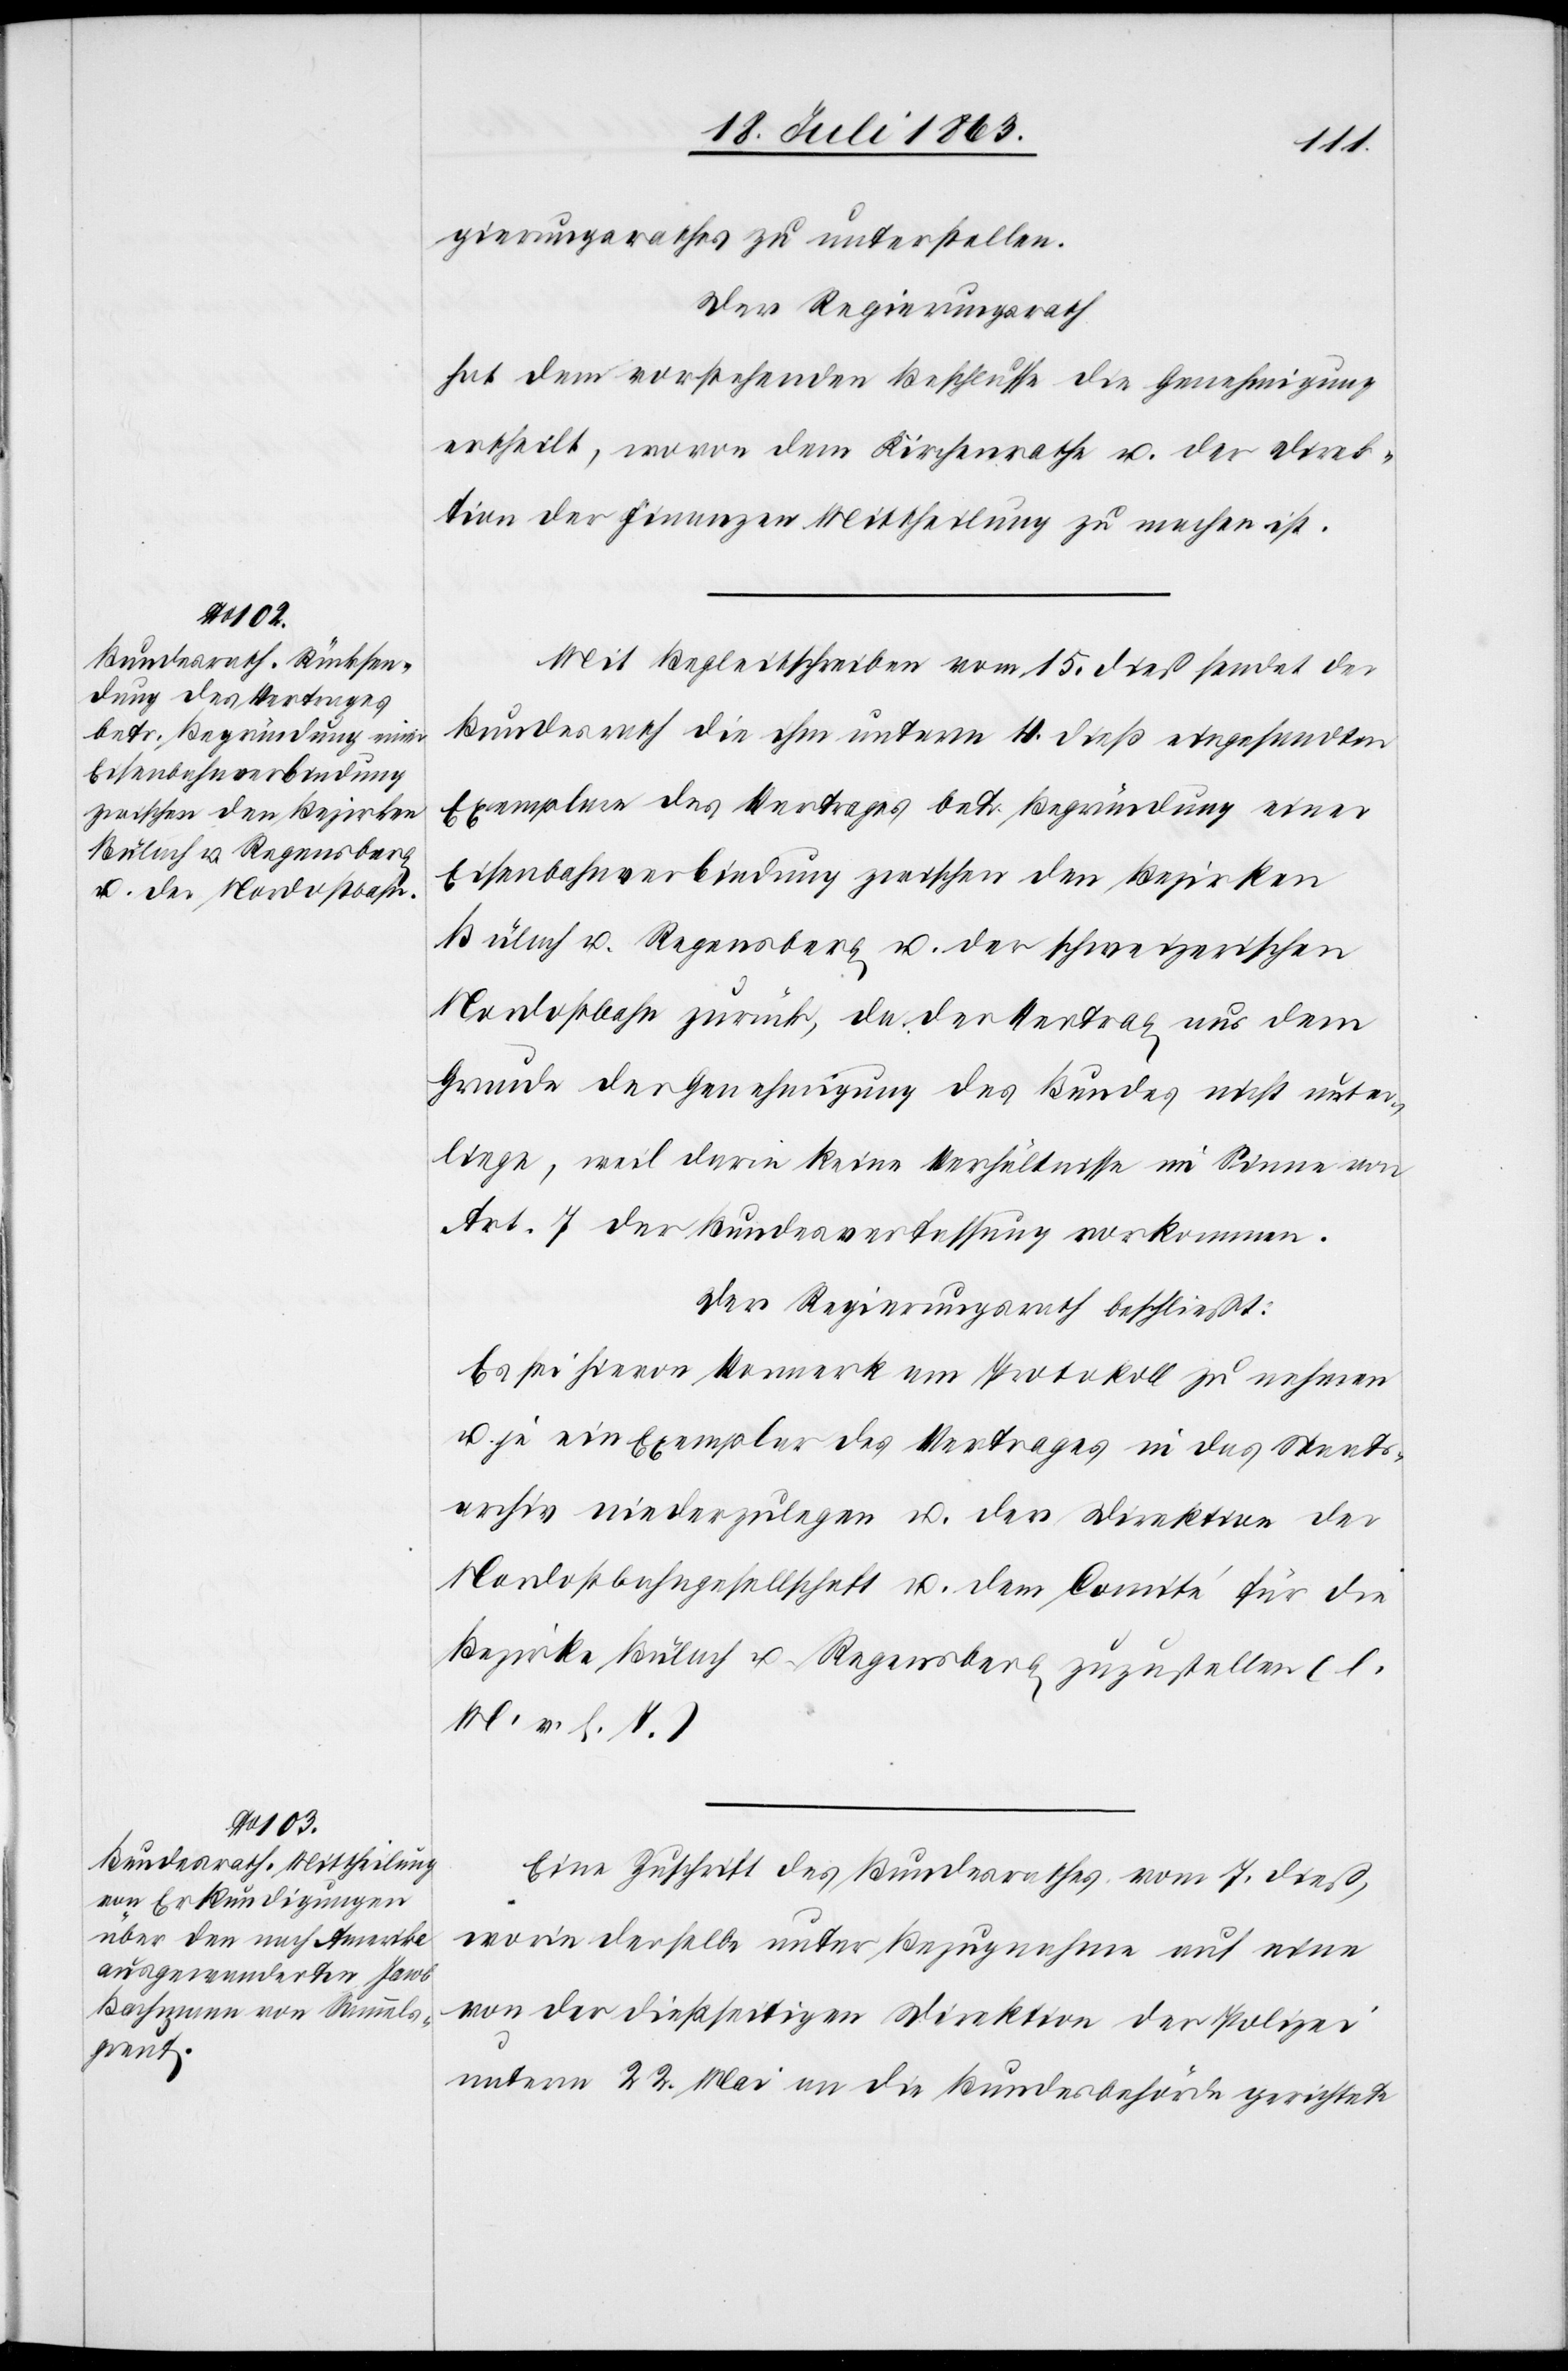
gierungsrathes zu unterstellen.
Der Regierungsrath
hat dem vorstehenden Beschlusse die Genehmigung
ertheilt, wovon dem Kirchenrathe u. der Direk¬
tion der Finanzen Mittheilung zu machen ist.
Mit Begleitschreiben vom 15. dieß sendet der
Bundesrath die ihm unterm 4. dieß eingesandten
Exemplare des Vertrages betr. Begründung einer
Eisenbahnverbindung zwischen den Bezirken
Bülach u. Regensberg u. der schweizerischen
Nordostbahn zurück, da der Vertrag aus dem
Grunde der Genehmigung des Bundes nicht unter¬
liege, weil darin keine Verhältnisse im Sinne von
Art. 7 der Bundesverfassung vorkommen.
Der Regierungsrath beschließt:
Es sei hievon Vormerk am Protokoll zu nehmen
u. je ein Exemplar des Vertrages in das Staats¬
archiv niederzulegen u. der Direktion der
Nordostbahngesellschaft u. dem Comité für die
Bezirke Bülach u. Regensberg zuzustellen (l.
M. v. h. T.)
Eine Zuschrift des Bundesrathes vom 7. dieß,
worin derselbe unter Bezugnahme auf eine
von der dießseitigen Direktion der Polizei
unterm 22. Mai an die Bundesbehörde gerichtete